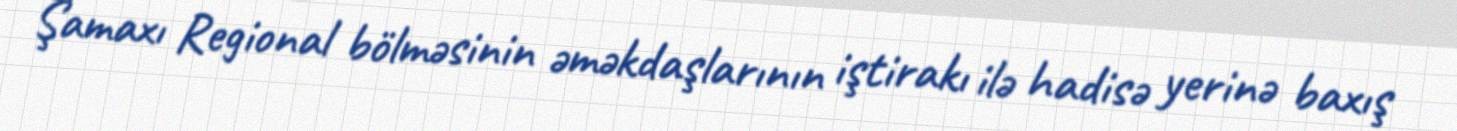
Şamaxı Regional bölməsinin əməkdaşlarının iştirakı ilə hadisə yerinə baxış